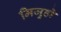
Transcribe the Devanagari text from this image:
मिजुहो